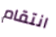
انتقام